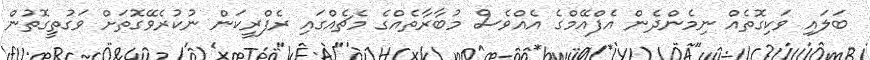
ބަލައި ވަކިގޮތެއް ނިމެންދެން އެފްއޭމްގެ އެއްވެސް މުބާރާތެއްގެ މެޗެއްގައި ރެފްރީކަން ނުކުރެވޭގޮތަށް ވަގުތީގޮތުން